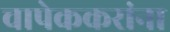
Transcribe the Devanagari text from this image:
चापेककरांना